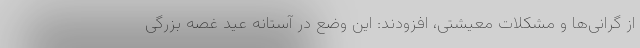
از گرانی‌ها و مشکلات معیشتی، افزودند: این وضع در آستانه عید غصه بزرگی